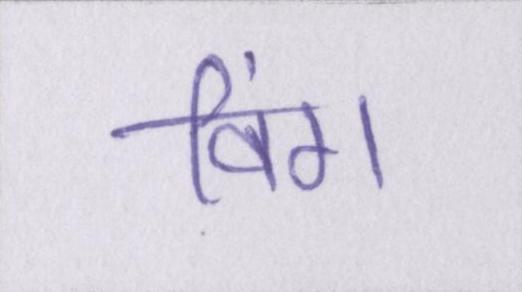
विंग